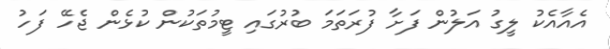
އެއާއެކު ލީގު އަލުން ފަށާ ފުރަތަމަ ބުރުގައި ޓީމުތަކުން ކުޅެން ޖެހޭ ފަހު